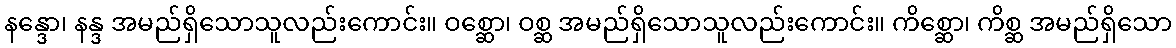
နန္ဒော၊ နန္ဒ အမည်ရှိသောသူလည်းကောင်း။ ဝစ္ဆော၊ ဝစ္ဆ အမည်ရှိသောသူလည်းကောင်း။ ကိစ္ဆော၊ ကိစ္ဆ အမည်ရှိသော